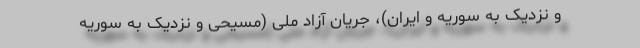
و نزدیک به سوریه و ایران)، جریان آزاد ملی (مسیحی و نزدیک به سوریه